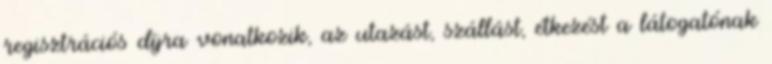
regisztrációs díjra vonatkozik, az utazást, szállást, étkezést a látogatónak